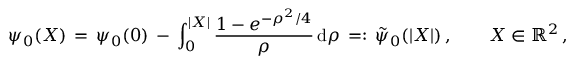
\psi _ { 0 } ( X ) \, = \, \psi _ { 0 } ( 0 ) \, - \, \int _ { 0 } ^ { | X | } \frac { 1 - e ^ { - \rho ^ { 2 } / 4 } } { \rho } \, \mathrm { d } \rho \, = : \, \tilde { \psi } _ { 0 } ( | X | ) \, , \qquad X \in \mathbb { R } ^ { 2 } \, ,